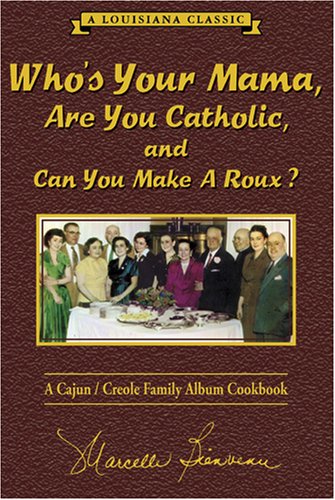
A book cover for Who's Your Mama, Are You Catholic, and Can You Make A Roux? (Book 1): A Cajun / Creole Family Album Cookbook; Marcelle Bienvenu; Cookbooks, Food & Wine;